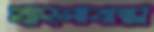
বাংলাবান্ধা